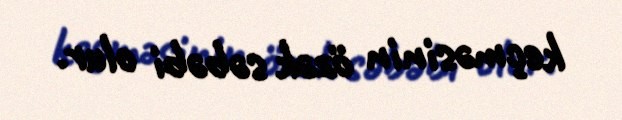
keçməsinin özək səbəbi olur.